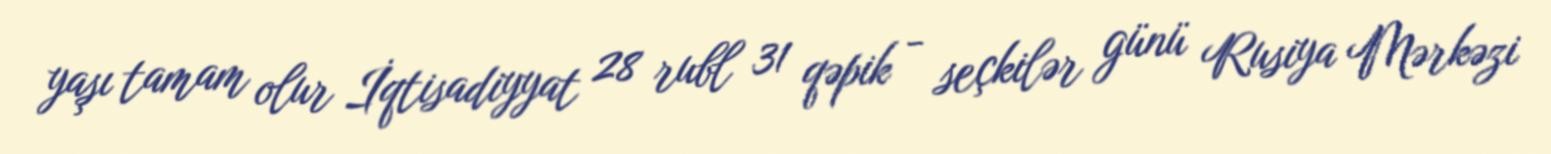
yaşı tamam olur İqtisadiyyat 28 rubl 31 qəpik - seçkilər günü Rusiya Mərkəzi